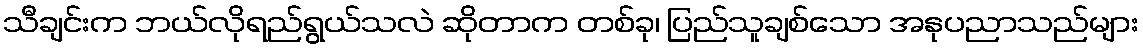
သီချင်းက ဘယ်လိုရည်ရွယ်သလဲ ဆိုတာက တစ်ခု၊ ပြည်သူချစ်သော အနုပညာသည်များ